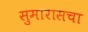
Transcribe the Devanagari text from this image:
सुमारासचा